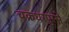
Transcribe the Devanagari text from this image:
चक्रधरपुरसे